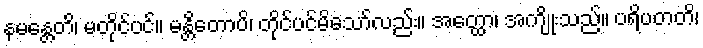
နမန္တေတိ၊ မတိုင်ပင်။ မန္တိတောပိ၊ တိုင်ပင်မိသော်လည်း။ အတ္ထော၊ အကျိုးသည်။ ပရိပတတိ၊